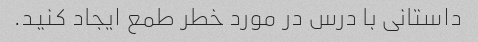
داستانی با درس در مورد خطر طمع ایجاد کنید.